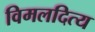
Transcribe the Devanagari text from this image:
विमलदित्य